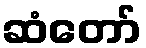
ဆံတော်